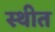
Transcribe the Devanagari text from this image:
स्‍थीत